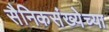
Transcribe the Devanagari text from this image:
सैनिकसंख्येच्या